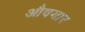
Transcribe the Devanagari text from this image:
औवयार